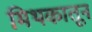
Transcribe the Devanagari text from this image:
मिथकातून